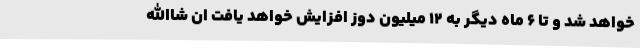
خواهد شد و تا ۶ ماه دیگر به ۱۲ میلیون دوز افزایش خواهد یافت ان شاالله